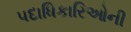
પદાધિકારિઓની